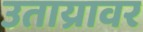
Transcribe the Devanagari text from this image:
उताय्रावर